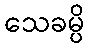
သေခမ္ပိ